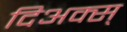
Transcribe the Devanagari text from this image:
दिअक्स्